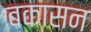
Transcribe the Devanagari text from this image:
बकासन